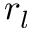
r _ { l }